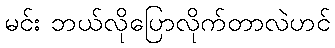
မင်း ဘယ်လိုပြောလိုက်တာလဲဟင်